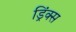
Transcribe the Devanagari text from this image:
ड्रिंक्‍स